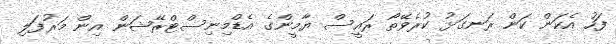
ފަހު އެކަން ކަން ރަނގަޅު ކުރެވޭތޯ ރައީސް ޔާމީންގެ އެޑްމިނިސްޓްރޭޝަން އިން މަރުފަލި